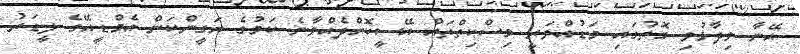
އޭނާ ވިދާޅުވި ގޮތުގައި މަޑުއްވަރީ މިސްކިތްތައް އޭސީކޮށްދެއްވާނެ ކަމުގެ ޔަގީންކަން އެމްޑީއޭގެ ލީޑަރު